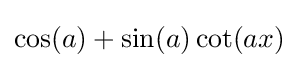
\cos(a)+\sin(a)\cot(ax)